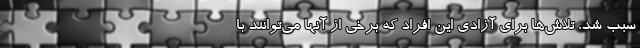
سبب شد، تلاش‌ها برای آزادی این افراد که برخی از آنها می‌توانند با